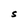
Character: S